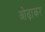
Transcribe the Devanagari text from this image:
ओढ़ाकर